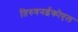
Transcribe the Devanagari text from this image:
तिरुवनईकोएल